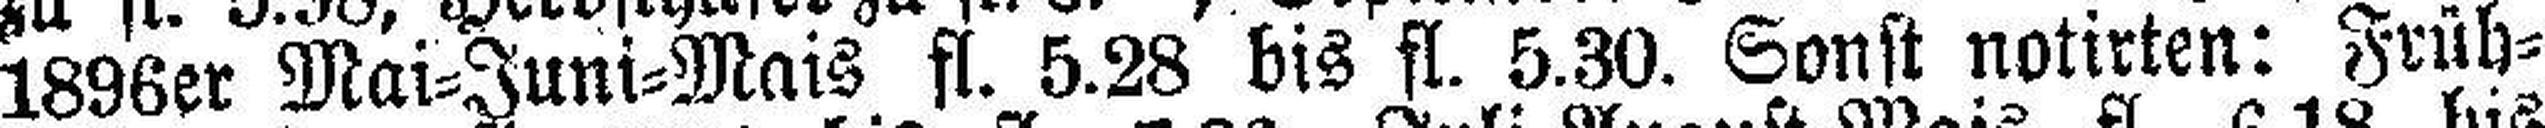
1896er Mai=Juni=Mais fl. 5.28 bis fl. 5.30. Sonst notirten: Früh¬